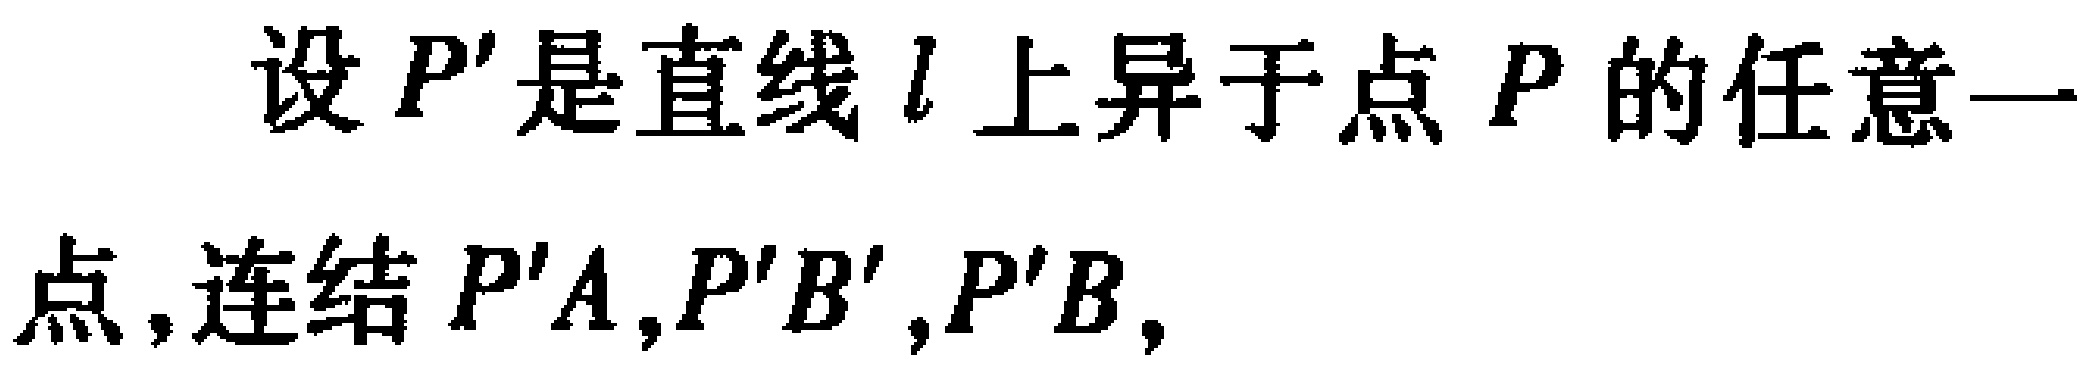
设 \(P'\) 是直线 \(l\) 上异于点 \(P\) 的任意一点, 连结 \(P'A,P'B',P'B,\)